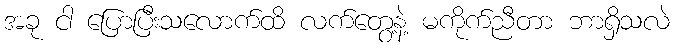
အခု ငါ ပြောပြီးသလောက်ထိ လက်တွေ့နဲ့ မကိုက်ညီတာ ဘာရှိသလဲ